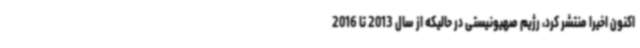
اکنون اخیرا منتشر کرد، رژیم صهیونیستی در حالیکه از سال 2013 تا 2016